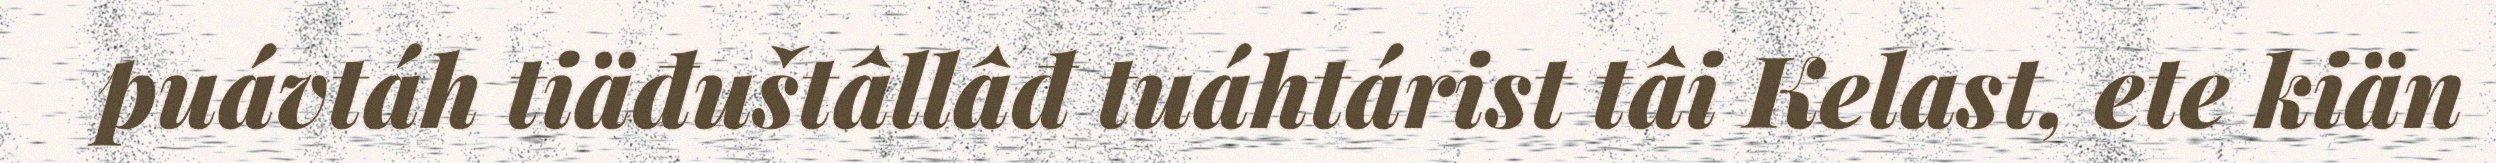
puávtáh tiäđuštâllâđ tuáhtárist tâi Kelast, ete kiän